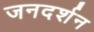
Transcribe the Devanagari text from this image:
जनदर्शन